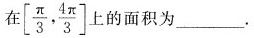
在 \left[ \frac{ π } { 3 }, \frac{4 π } { 3 } \right] 上的面积为_____。